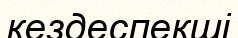
кездеспекші